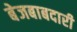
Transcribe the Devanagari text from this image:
बेजबाबदारी